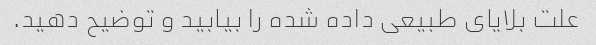
علت بلایای طبیعی داده شده را بیابید و توضیح دهید.